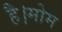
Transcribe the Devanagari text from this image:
है।मोम